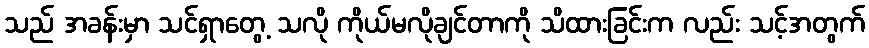
သည် အခန်းမှာ သင်ရှာတွေ့ သလို ကိုယ်မလိုချင်တာကို သိထားခြင်းက လည်း သင့်အတွက်